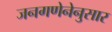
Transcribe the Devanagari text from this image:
जनगणेनेनुसार